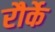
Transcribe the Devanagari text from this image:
रौर्के